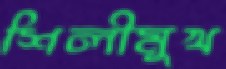
শিলীমুখ